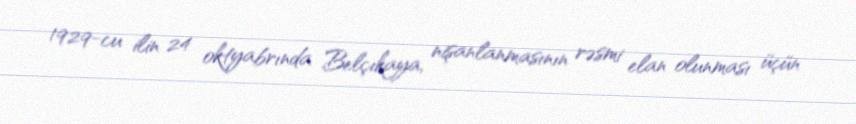
1929-cu ilin 24 oktyabrında Belçıkaya, nişanlanmasının rəsmi elan olunması üçün